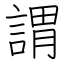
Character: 謂